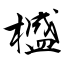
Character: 𣛮